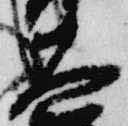
大